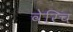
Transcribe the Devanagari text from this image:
वेरिच